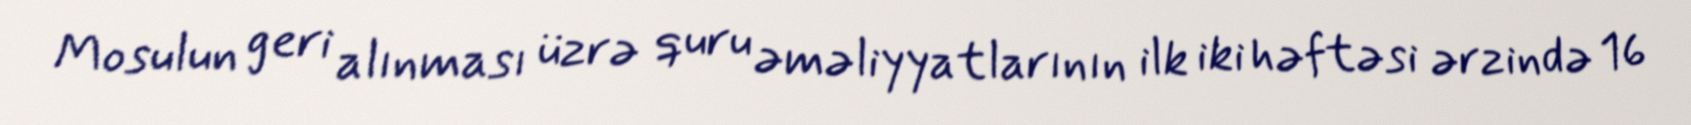
Mosulun geri alınması üzrə quru əməliyyatlarının ilk iki həftəsi ərzində 16